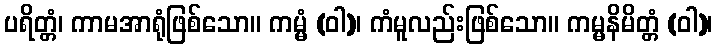
ပရိတ္တံ၊ ကာမအာရုံဖြစ်သော။ ကမ္မံ (ဝါ)၊ ကံမူလည်းဖြစ်သော။ ကမ္မနိမိတ္တံ (ဝါ)၊